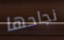
نجاحها